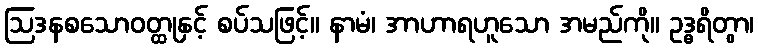
ဩဒနစသောဝတ္ထုနှင့် စပ်သဖြင့်။ နာမံ၊ အာဟာရဟူသော အမည်ကို။ ဥဒ္ဓရိတွာ၊